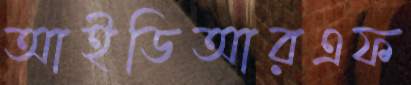
আইডিআরএফ